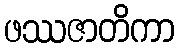
ဖဿဇာတိကာ